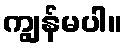
ကျွန်မပါ။